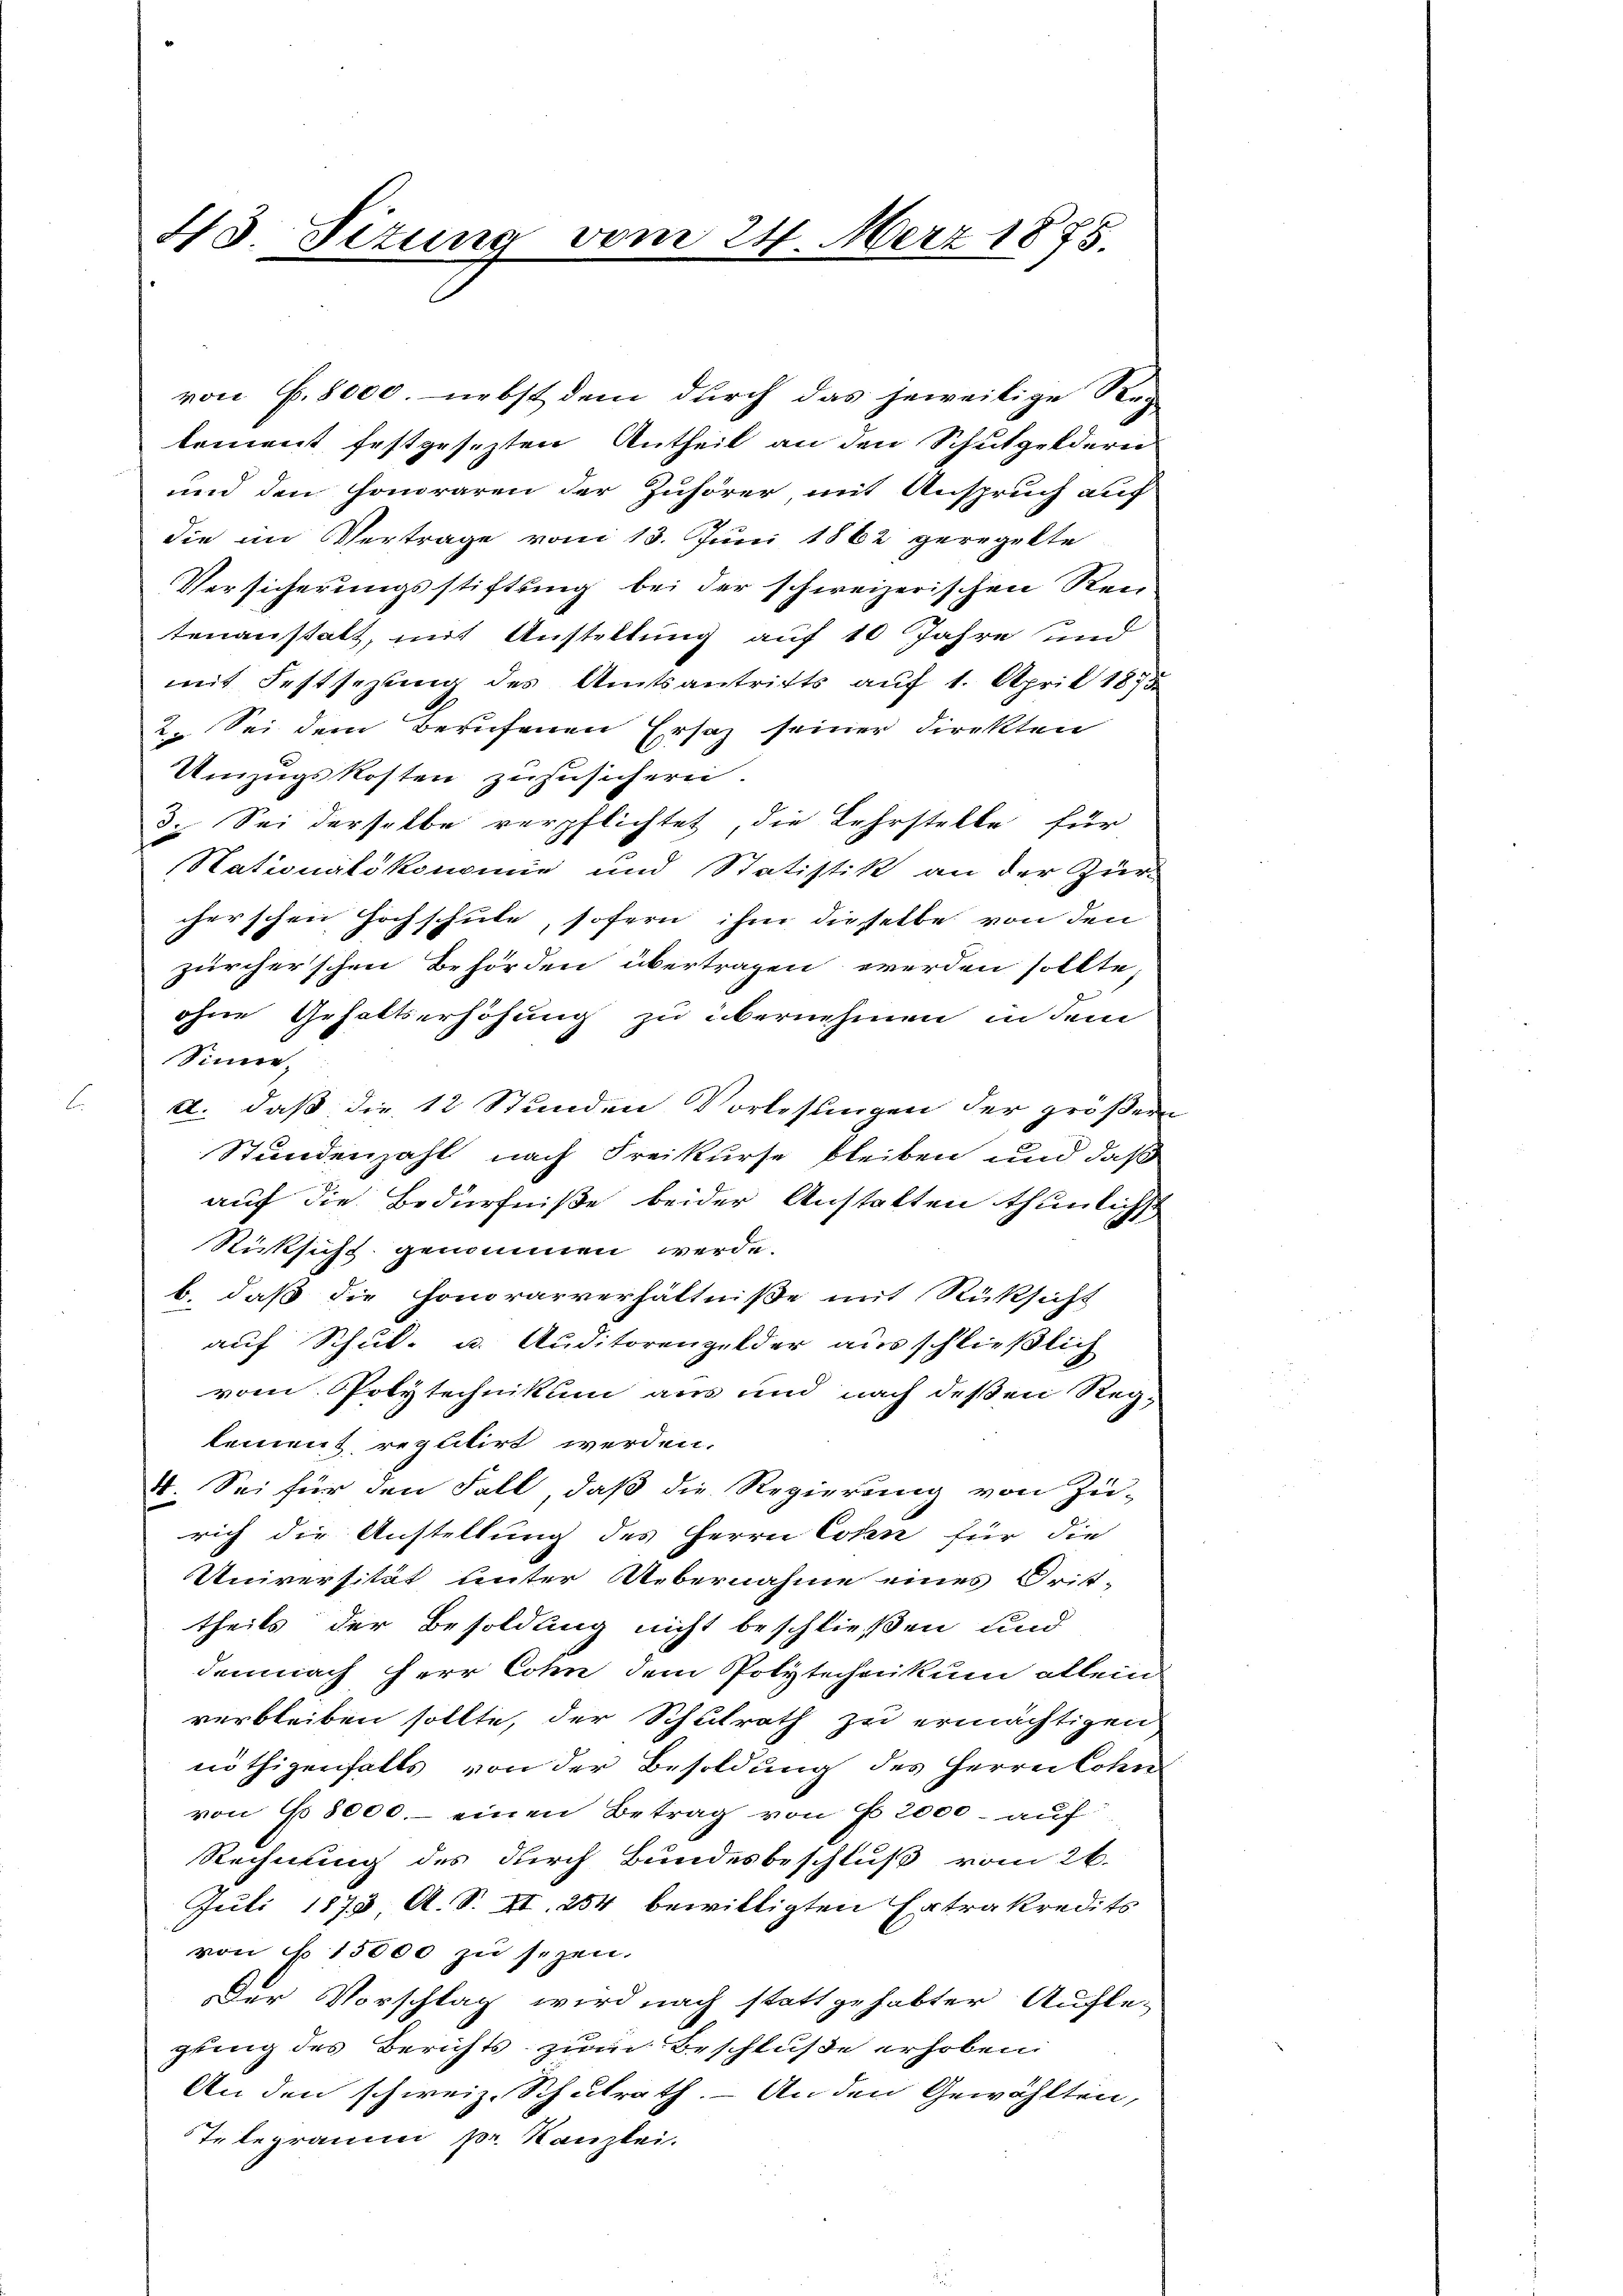
43. Titung vom 24. März 1875.

von f. 8000. nebst dem durch das jeweilige Reg
kement festgesezten Antheil an den Schulgeldern
und den Honoraren der Zuhörer mit Anspruch auf
die im Vertrage vom 13. Juni 1862 geregelte
Versicherungsstiftung bei der schweizerischen Ren-
tenanstalt, mit Austellung auf 10 Jahre und
mit Festsezung des Amtsantritts auf 1. April 1875
u. Sei dem Berufenen Ersatz seiner Direkten
Umzugskosten zuzusichern.
2. Sei derselbe verpflichtet, die Lehrstelle für
Stationalökonomie und Statistik an der Zur
cherschen Hochschule, sofern ihm dieselbe von den
zürcherschen Behörden übertragen werden sollte.
ohne Gehaltserhöhung zu übernehmen in dem
Sinne
d
a. daß die 12 Stunden Vorlesungen der größer
Stundenzahl nach Freikurse bleiben und daß
auf die Bedürfniße beider Anstalten thunlichst
Rücksicht genommen werde.
b. daß die Honorarverhältniße mit Rücksicht
auf Schul- u. Auditorenzelder ausschließlich
vom Polytechnikum aus und nach deßen Reg-
lement reputirt werden.
I. Sei für den Fall, daß die Regierung von Zu-
rich die Anstellung des Herrn Cosen für die
Universität unter Übernahme eines Dritt-
theils der Besoldung nicht beschließen und
demnach Herr Cohn dem Polytechnikum allein
verbleiben sollte, der Schulrath zu ermächtigen
nöthigenfalls von der Besoldung des Herrn Lohn
von No 8000.- einen Betrag von 2000. auf
Rechnung des durch Bundesbeschluß vom 26.
Juli 1875 A. S. II. 254 bewilligten Extrakredits
von § 15000 zu seyen.
Der Vorschlag wird nach stattgehabter Auflegling des Berichts zum Beschluße erhoben
An den schweiz. Schulrath. - An den Gewählten,
Telegramm pr. Kanzlei.